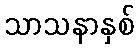
သာသနာနှစ်